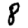
Digit: 8